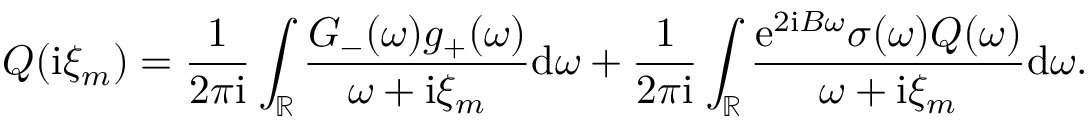
Q ( \mathrm { i } \xi _ { m } ) = \frac { 1 } { 2 \pi \mathrm { i } } \int _ { \mathbb { R } } \frac { G _ { - } ( \omega ) g _ { + } ( \omega ) } { \omega + \mathrm { i } \xi _ { m } } \mathrm { d } \omega + \frac { 1 } { 2 \pi \mathrm { i } } \int _ { \mathbb { R } } \frac { \mathrm { e } ^ { 2 \mathrm { i } B \omega } \sigma ( \omega ) Q ( \omega ) } { \omega + \mathrm { i } \xi _ { m } } \mathrm { d } \omega .